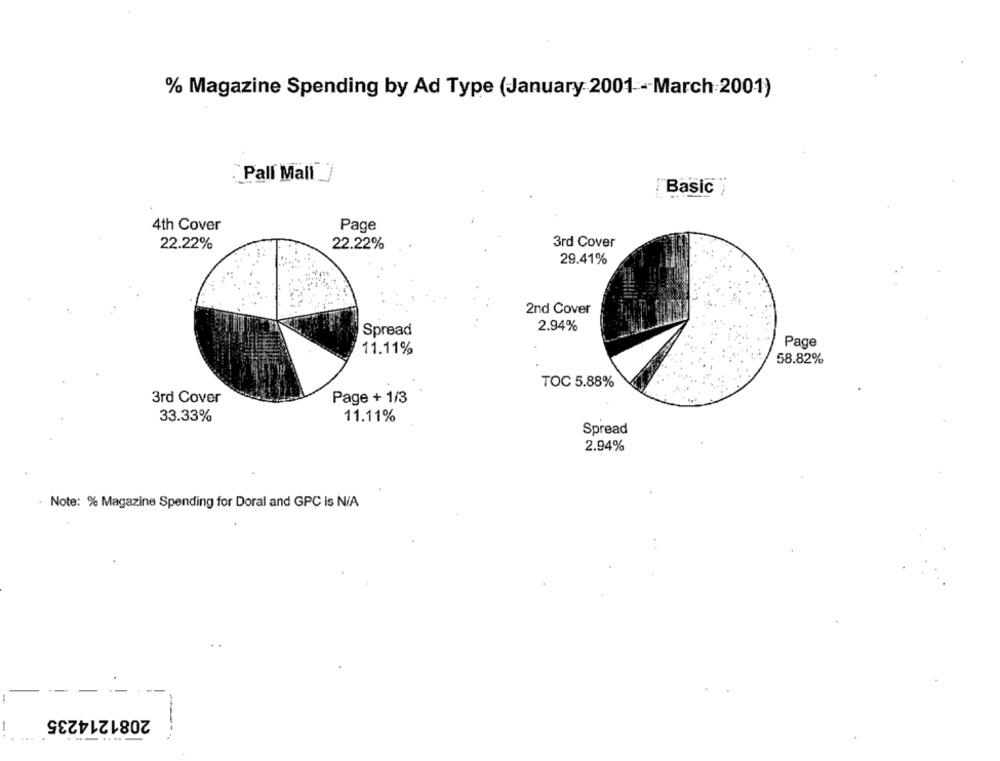
% Magazine Spending by Ad Type (January 2001 -March 2001)
Pall Mall _
"Basic )
4th Cover
Page
3rd Cover
22.22%
22.22%
29.41%
2nd Cover
2.94%
Spread
Page
11.11%
58.82%
TOC 5.88%
3rd Cover
Page + 1/3
33.33%
11.11%
Spread
2.94%
. Note: % Magazine Spending for Doral and GPC is N/A
2081214235
-
---